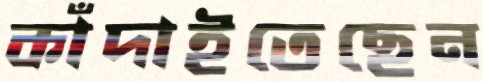
কাঁদাইতেছেন